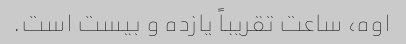
اوه، ساعت تقریباً یازده و بیست است.